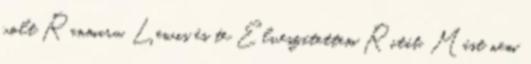
volt Ranmaru, Lewis és te Elveszítettem Ritát. Mást nem